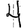
Digit: 4